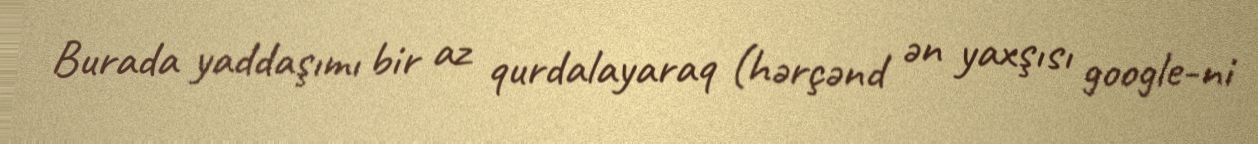
Burada yaddaşımı bir az qurdalayaraq (hərçənd ən yaxşısı google-ni